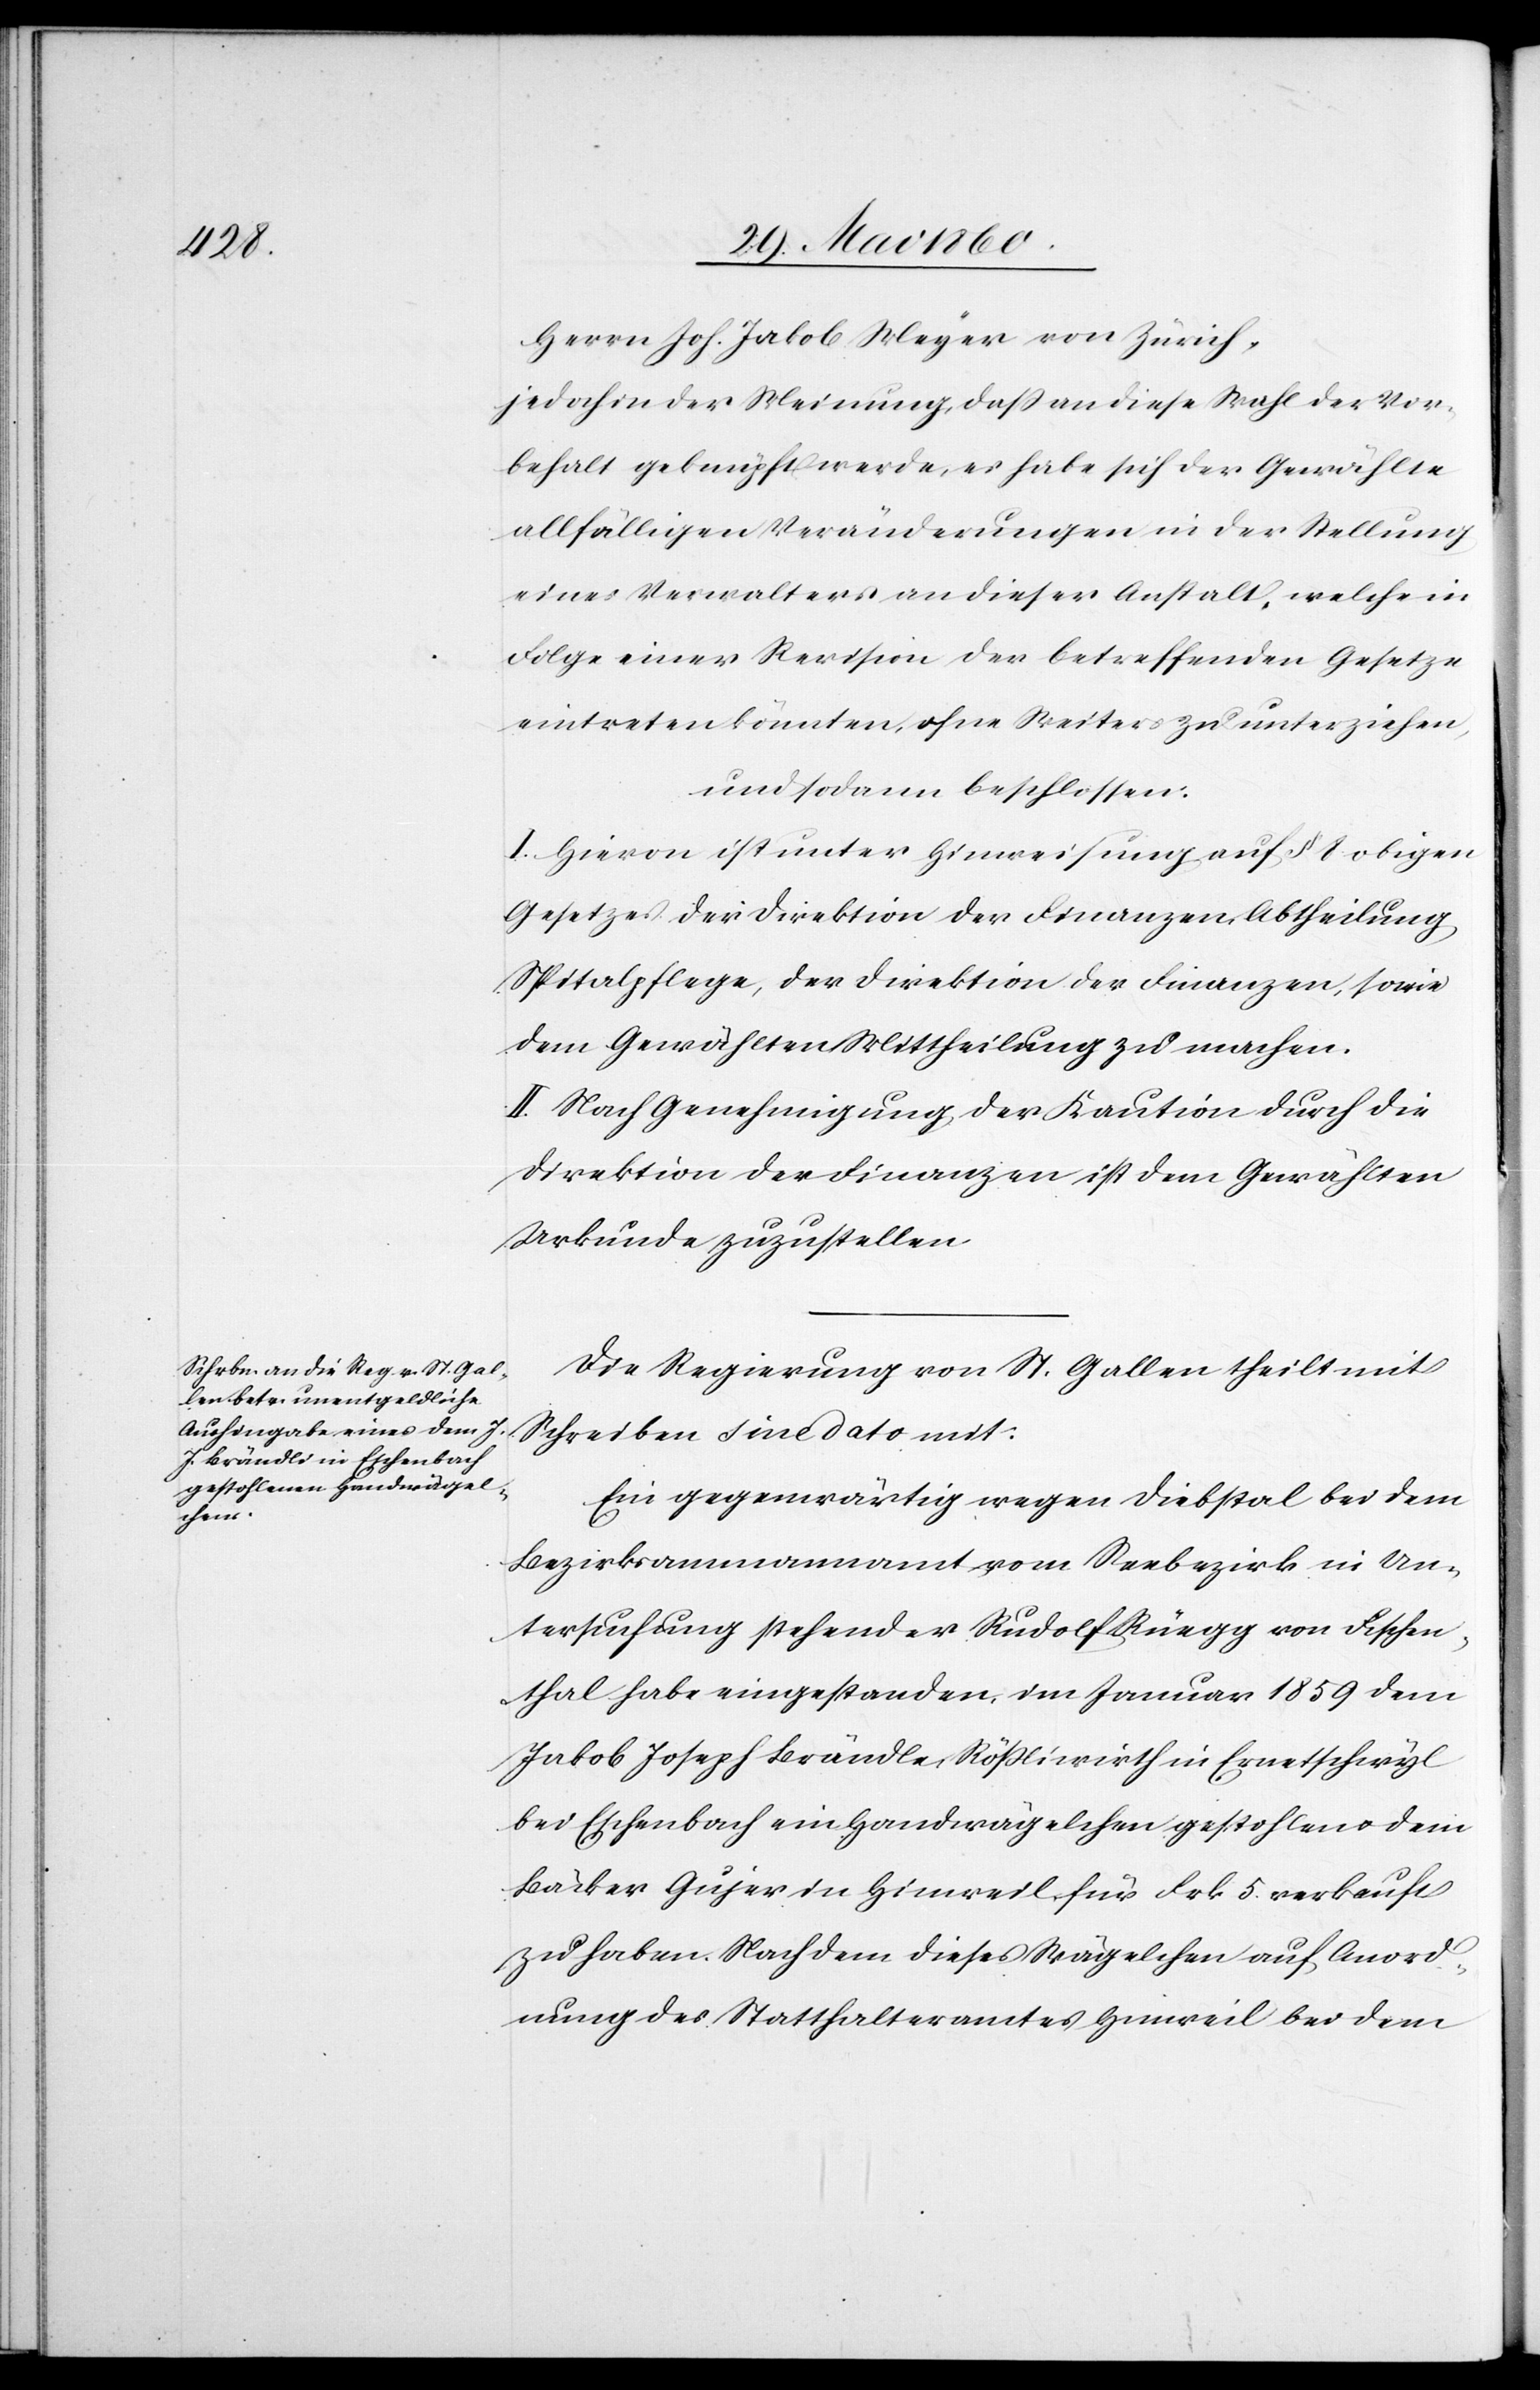
Herrn Joh. Jakob Meyer von Zürich,
jedoch der Meinung, daß an diese Wahl der Vor¬
behalt geknüpft werde, es habe sich der Gewählte
allfälligen Veränderungen in der Stellung
eines Verwalters an dieser Anstalt, welche in
Folge einer Revision der betreffenden Gesetze
eintreten könnten, ohne Weiters zu unterziehen,
und sodann beschlossen:
I. Hievon ist unter Hinweisung auf §. 8. obigen
Gesetzes der Direktion der Finanzen Abtheilung
Spitalpflege, der Direktion der Finanzen, sowie
dem Gewählten Mittheilung zu machen.
II. Nach Genehmigung der Kaution durch die
Direktion der Finanzen ist dem Gewählten
Urkunde zuzustellen.
Der Regierungsrath von St. Gallen theilt mit
Schreiben sine dato mit:
Ein gegenwärtig wegen Diebstal bei dem
Bezirksammannamt vom Seebezirk in Un¬
tersuchung stehender Rudolf Rüegg von Fischen¬
thal habe eingestanden, im Januar 1859 dem
Jakob Joseph Brändle, Rössliwirth in Ermetswyl
bei Eschenbach ein Handwägelchen gestohlen u. dem
Bäcker Gujer in Hinweil für Frk. 5. verkauft
zu haben. Nach dem dieses Wägelchen auf Anord¬
nung des Statthalteramtes Hinweil bei dem